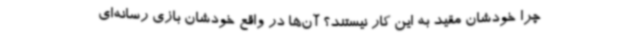
چرا خودشان مقید به این کار نیستند؟ آن‌ها در واقع خودشان بازی رسانه‌ای